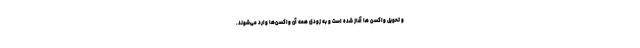
و تحویل واکسن ها آغاز شده است و به زودی همه آن واکسن‌ها وارد می‌شوند.